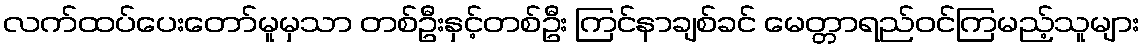
လက်ထပ်ပေးတော်မူမှသာ တစ်ဦးနှင့်တစ်ဦး ကြင်နာချစ်ခင် မေတ္တာရည်ဝင်ကြမည့်သူများ